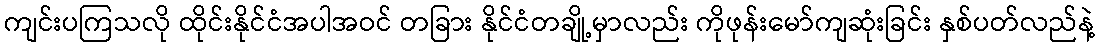
ကျင်းပကြသလို ထိုင်းနိုင်ငံအပါအဝင် တခြား နိုင်ငံတချို့မှာလည်း ကိုဖုန်းမော်ကျဆုံးခြင်း နှစ်ပတ်လည်နဲ့